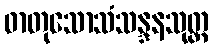
ဓာတုသောသံသန္ဒနသုတ္တ